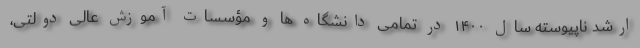
ارشد ناپیوسته سال ۱۴۰۰ در تمامی دانشگاه ها و مؤسسات آموزش عالی دولتی،